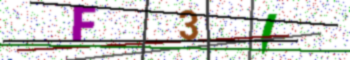
Text: F3I